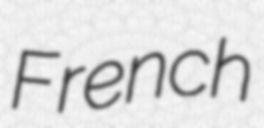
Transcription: French